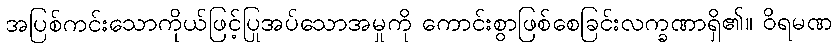
အပြစ်ကင်းသောကိုယ်ဖြင့်ပြုအပ်သောအမှုကို ကောင်းစွာဖြစ်စေခြင်းလက္ခဏာရှိ၏။ ဝိရမဏ